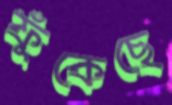
ফুঁকেছে